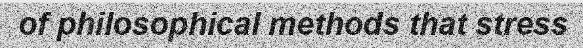
of philosophical methods that stress